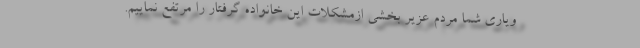
ویاری شما مردم عزیر بخشی ازمشکلات این خانواده گرفتار را مرتفع نماییم.